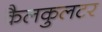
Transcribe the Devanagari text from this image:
कैलकुलटर